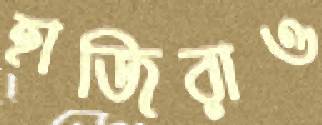
হাজিরাও